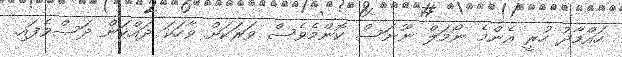
ހައްމާދު ހުރީ އެންމެ ނޯމަލް ނޫނަސް ކޮންމެވެސް ވަރަކަށް ވާހަކަ ދައްކަން ދަސްވެފައި.